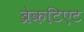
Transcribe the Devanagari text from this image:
ब्रेकटिएट